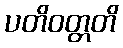
ပတိဝတ္တတိ